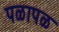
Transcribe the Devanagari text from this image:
पळापळ